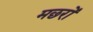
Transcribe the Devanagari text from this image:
मछरों